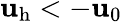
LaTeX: \mathbf{u}_{\mathrm{{h}}}<-\mathbf{u}_{0}